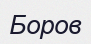
Боров